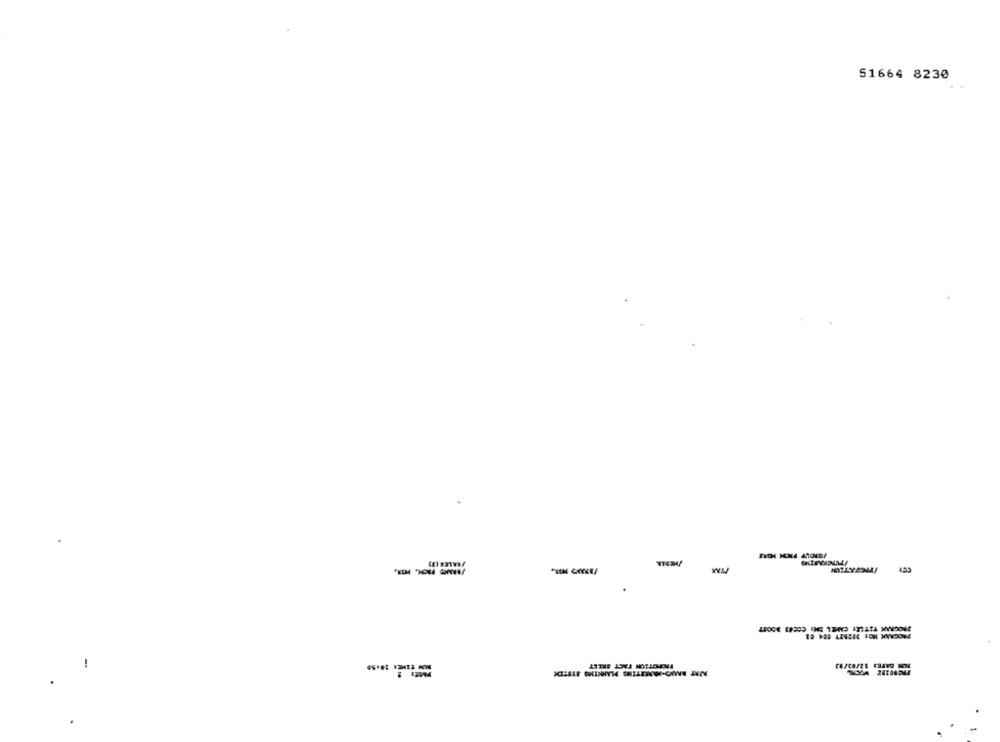
51664 8230
PROGAMAK TITLE: CAMEL BH: COCHES BOOST
-